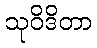
သုဝိဒိတာ